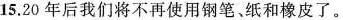
15.20 年后我们将不再使用钢笔 纸和橡皮了.